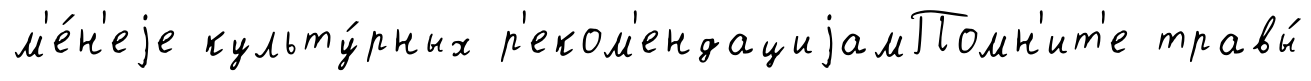
м'е́н'еjе культу́рных р'еком'ендациjамПомн'ит'е травы́